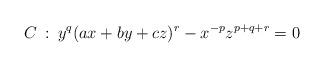
LaTeX: \begin{align*}C\::\:y^q(ax+by+cz)^r-x^{-p}z^{p+q+r}=0\end{align*}